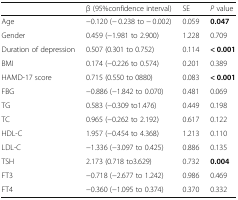
<table><thead><tr><td></td><td><b>β (95%confidence interval)</b></td><td><b>SE</b></td><td><b><i>P</i> value</b></td></tr></thead><tbody><tr><td>Age</td><td>−0.120 (− 0.238 to − 0.002)</td><td>0.059</td><td><b>0.047</b></td></tr><tr><td>Gender</td><td>0.459 (−1.981 to 2.900)</td><td>1.228</td><td>0.709</td></tr><tr><td>Duration of depression</td><td>0.507 (0.301 to 0.752)</td><td>0.114</td><td><b>&lt; 0.001</b></td></tr><tr><td>BMI</td><td>0.174 (−0.226 to 0.574)</td><td>0.201</td><td>0.389</td></tr><tr><td>HAMD-17 score</td><td>0.715 (0.550 to 0880)</td><td>0.083</td><td><b>&lt; 0.001</b></td></tr><tr><td>FBG</td><td>−0.886 (−1.842 to 0.070)</td><td>0.481</td><td>0.069</td></tr><tr><td>TG</td><td>0.583 (−0.309 to1.476)</td><td>0.449</td><td>0.198</td></tr><tr><td>TC</td><td>0.965 (−0.262 to 2.192)</td><td>0.617</td><td>0.122</td></tr><tr><td>HDL-C</td><td>1.957 (−0.454 to 4.368)</td><td>1.213</td><td>0.110</td></tr><tr><td>LDL-C</td><td>−1.336 (−3.097 to 0.425)</td><td>0.886</td><td>0.135</td></tr><tr><td>TSH</td><td>2.173 (0.718 to3.629)</td><td>0.732</td><td><b>0.004</b></td></tr><tr><td>FT3</td><td>−0.718 (−2.677 to 1.242)</td><td>0.986</td><td>0.469</td></tr><tr><td>FT4</td><td>−0.360 (−1.095 to 0.374)</td><td>0.370</td><td>0.332</td></tr></tbody></table>